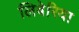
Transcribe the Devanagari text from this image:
लिबेरिया